Civil Veterinary Department. Madras. Admin. report 1910-25 - 1910-1925
Year: 1910
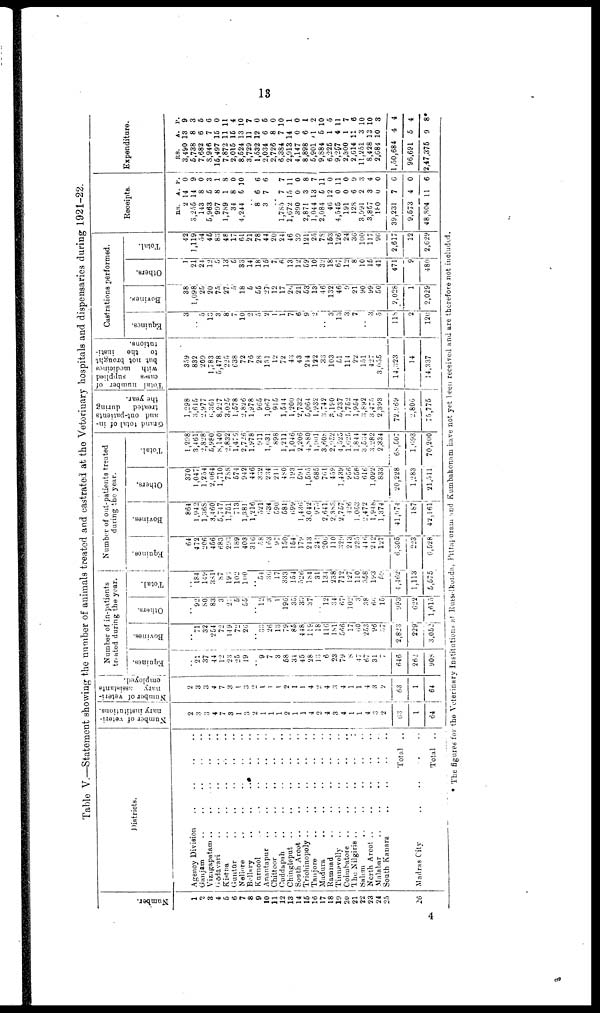
13
Table V.—Statement showing the number of animals treated and castrated at the Veterinary hospitals and dispensaries during 1921-22.
Numbe r
.
1
2
3
4
5
6
7
8
9
10
11
12
13
14
15
16
17
18
19
20
21
22
23
24
25
26
Districts.
Agency Division
Ganjām ..
Vizagapatam ..
Gōdavāri ..
Kistna ..
Guntūr ..
Nellore ..
Bellary ..
Karnool ..
Anantapur ..
Chittoor ..
Cuddapah ..
Chingleput ..
South Arcot ..
Trichinopoly ..
Tanjore ..
Madura ..
Ramnad ..
Tinnavelly ..
Coimbatore ..
The Nilgiris ..
Salem ..
North Arcot ..
Malabar ..
South Kanara
Madras City
..
..
..
..
..
..
..
..
..
..
..
..
..
..
..
..
..
..
..
..
..
..
..
..
..
..
..
..
..
..
..
..
..
..
..
..
..
..
..
..
..
..
..
..
..
..
..
..
..
..
..
..
..
..
..
..
..
..
..
..
..
..
..
..
..
..
..
..
..
..
..
..
..
..
..
..
..
Total
..
Total
..
..
..
..
..
..
..
..
..
..
..
..
..
..
..
..
..
..
..
..
..
..
..
..
..
..
..
..
Number of veteri
nary institutions.
2
3
3
4
7
3
1
3
2
1
1
1
2
1
1
4
0
4
3
4
1
1
4
2
63
1
64
Number of veteri
nary
assistants
employed.
2
3
3
4
7
3
1
3
2
1
1
1
2
1
1
4
2
4
3
4
1
1
4
3
2
63
1
64
Number of in-patients
treated during the year.
Eqnines.
..
21
37
44
12
23
25
19
..
9
7
3
68
31
45
28
13
6
23
79
8
47
67
31
7
646
262
90S
Bovines.
..
71
32
254
72
149
72
26
33
26
13
79
85
448
119
18
116
1S1
566
17
60
253
96
37
2,823
229
3,052;
Others.
..
92
80
83
3
21
5
55
12
3
1
19G
35
33
37
12
34
67
102
3
38
66
15
193
622
1,615
Total.
..
184
149
381
87
193
102
100
54
36
17
333
154
526
184
31
134
238
712
127
110
358
193
f>9
4,462
1,113
5,575
|
Number of out-patients treated
during the year.
Equines.
64
472
206
456
683
293
189
403
316
58
163
97
150
154
179
213
241
20G
110
329
243
235
4 4 6
242
127
6,305
223
6,528
Bovines.
864
1,942
1,368
3,4 60
5,747
1.751
713
1,381
1,216
521
634
590
581
699
1,436
3,042
975
2,641
2,383
2,757
126
1.053
2,472
1,948
1,374
41,974
187
42,161
Others.
370
1,047
1,254
2,064
1,710
788
574
942
446
332
234
211
480
193
591
1,595
685
761
459
1,439
956
556
616
1,092
833
20,228
1,283
21,511
Total.
1,208
3,461
2,828
5,980
8,140
2,832
1,476
2,726
1.978
911
1,031
898
1,211
1.046
2,206
4,880
1,901
3,608
2,952
4,525
1,625
1.844
3,534
3,282
2,334
68,507
1,693
70,200
Grand total of in-
and out-patients
treated
during
the year.
1,298
3,645
2,977
6,361
8,227
3.026
1,578
2,826
1,978
965
1,067
9)5
1,544
1,200
2,732
5,064
1,932
3,742
3,190
5,237
1,752
1,954
3,892
3,475
2,393
72.969
2,806
75,775
Total number of
cases
supplied
with
medicines
but not brought
to
the
insti
tutions.
359
832
209
1,783
5,478
225
638
72
76
28
131
12
72
43
43
214
122
83
103
51
114
22
151
427
3,055
14,323
14
14,337
Castrations performed.
Equines.
3
..
5
13
3
8
7
10
2
0
2
1
1
7
6
9
2
..
3
13
3
7
..
3
0
11s
2
120
Bovines.
38
1,098
25
20
75
27
5
18
6
55
27
12
17
26
21
63
13
46
132
46
9
21
90
99
50
2,028
1
2,029
Others.
1
21
24
12
5
13
5
33
14
18
15
7
6
13
12
59
10
32
18
67
12
8
10
15
41
471
9
480
Total.
42
1,119
54
46
83
48
17
61
21
78
44
20
24
46
39
121
25
78
163
126
24
36
100
117
96
2,617
12
2,629
Receipts.
RS. A. P.
2 14 0
3,255 14 9
143 8 0
5,963 6 3
997 8 1
1,789
1 8
34 8 0
4,244 5 10
..
8 6 6
3 7 6
..
1,785
7 7
1,672 15 11
390 0 0
2,871 3 8
1,044 13 7
2,084 5 11
4G 12 0
4,545 0 11
191 0 0
128 6 9
3,991 2 3
3,857 3 4
180 0 0
39,231 7 6
9,673 4 0
48,804 11 6
Expenditure.
RS.
A. P.
3,490 13 9
5,738
8 3
7,682 6 5
8,946 7 6
16,497 15 0
7,872 11 11
2,015 15 4
8,524 13 10
3,729 11 7
1,532 12 0
2,034 6 6
2,726 8 0
6,384 7 10
2,913 14 1
4,147 0 0
8,898 6 1
5,901 1 2
9,884 5 10
6,226 1 0
9,257 4 11
2,300 1 7
2,614 11 6
11,251 3 10
8,428 13 10
2,684 10 3
1,50,684 4 4
96,691 5 4
2,47,375 9 8
* The figures for the Veterinary Institutions at Russelkonda, Pittapuram and Kumbakonam have not yet been received and are therefore not included.
4